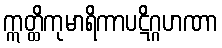
ဣတ္ထိကုမာရိကာပဋိဂ္ဂဟဏာ